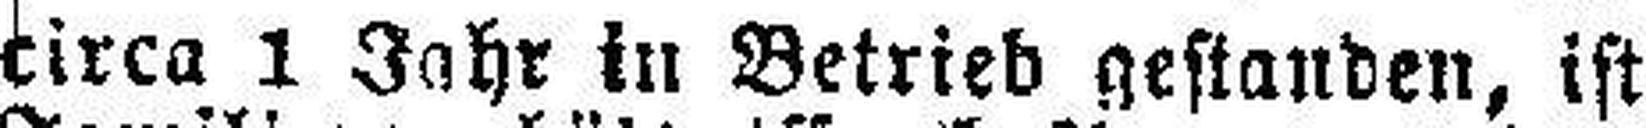
circa 1 Jahr in Betrieb gestanden, ist